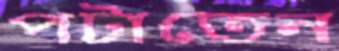
পটাতেন